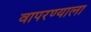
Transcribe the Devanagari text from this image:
वापरण्याला